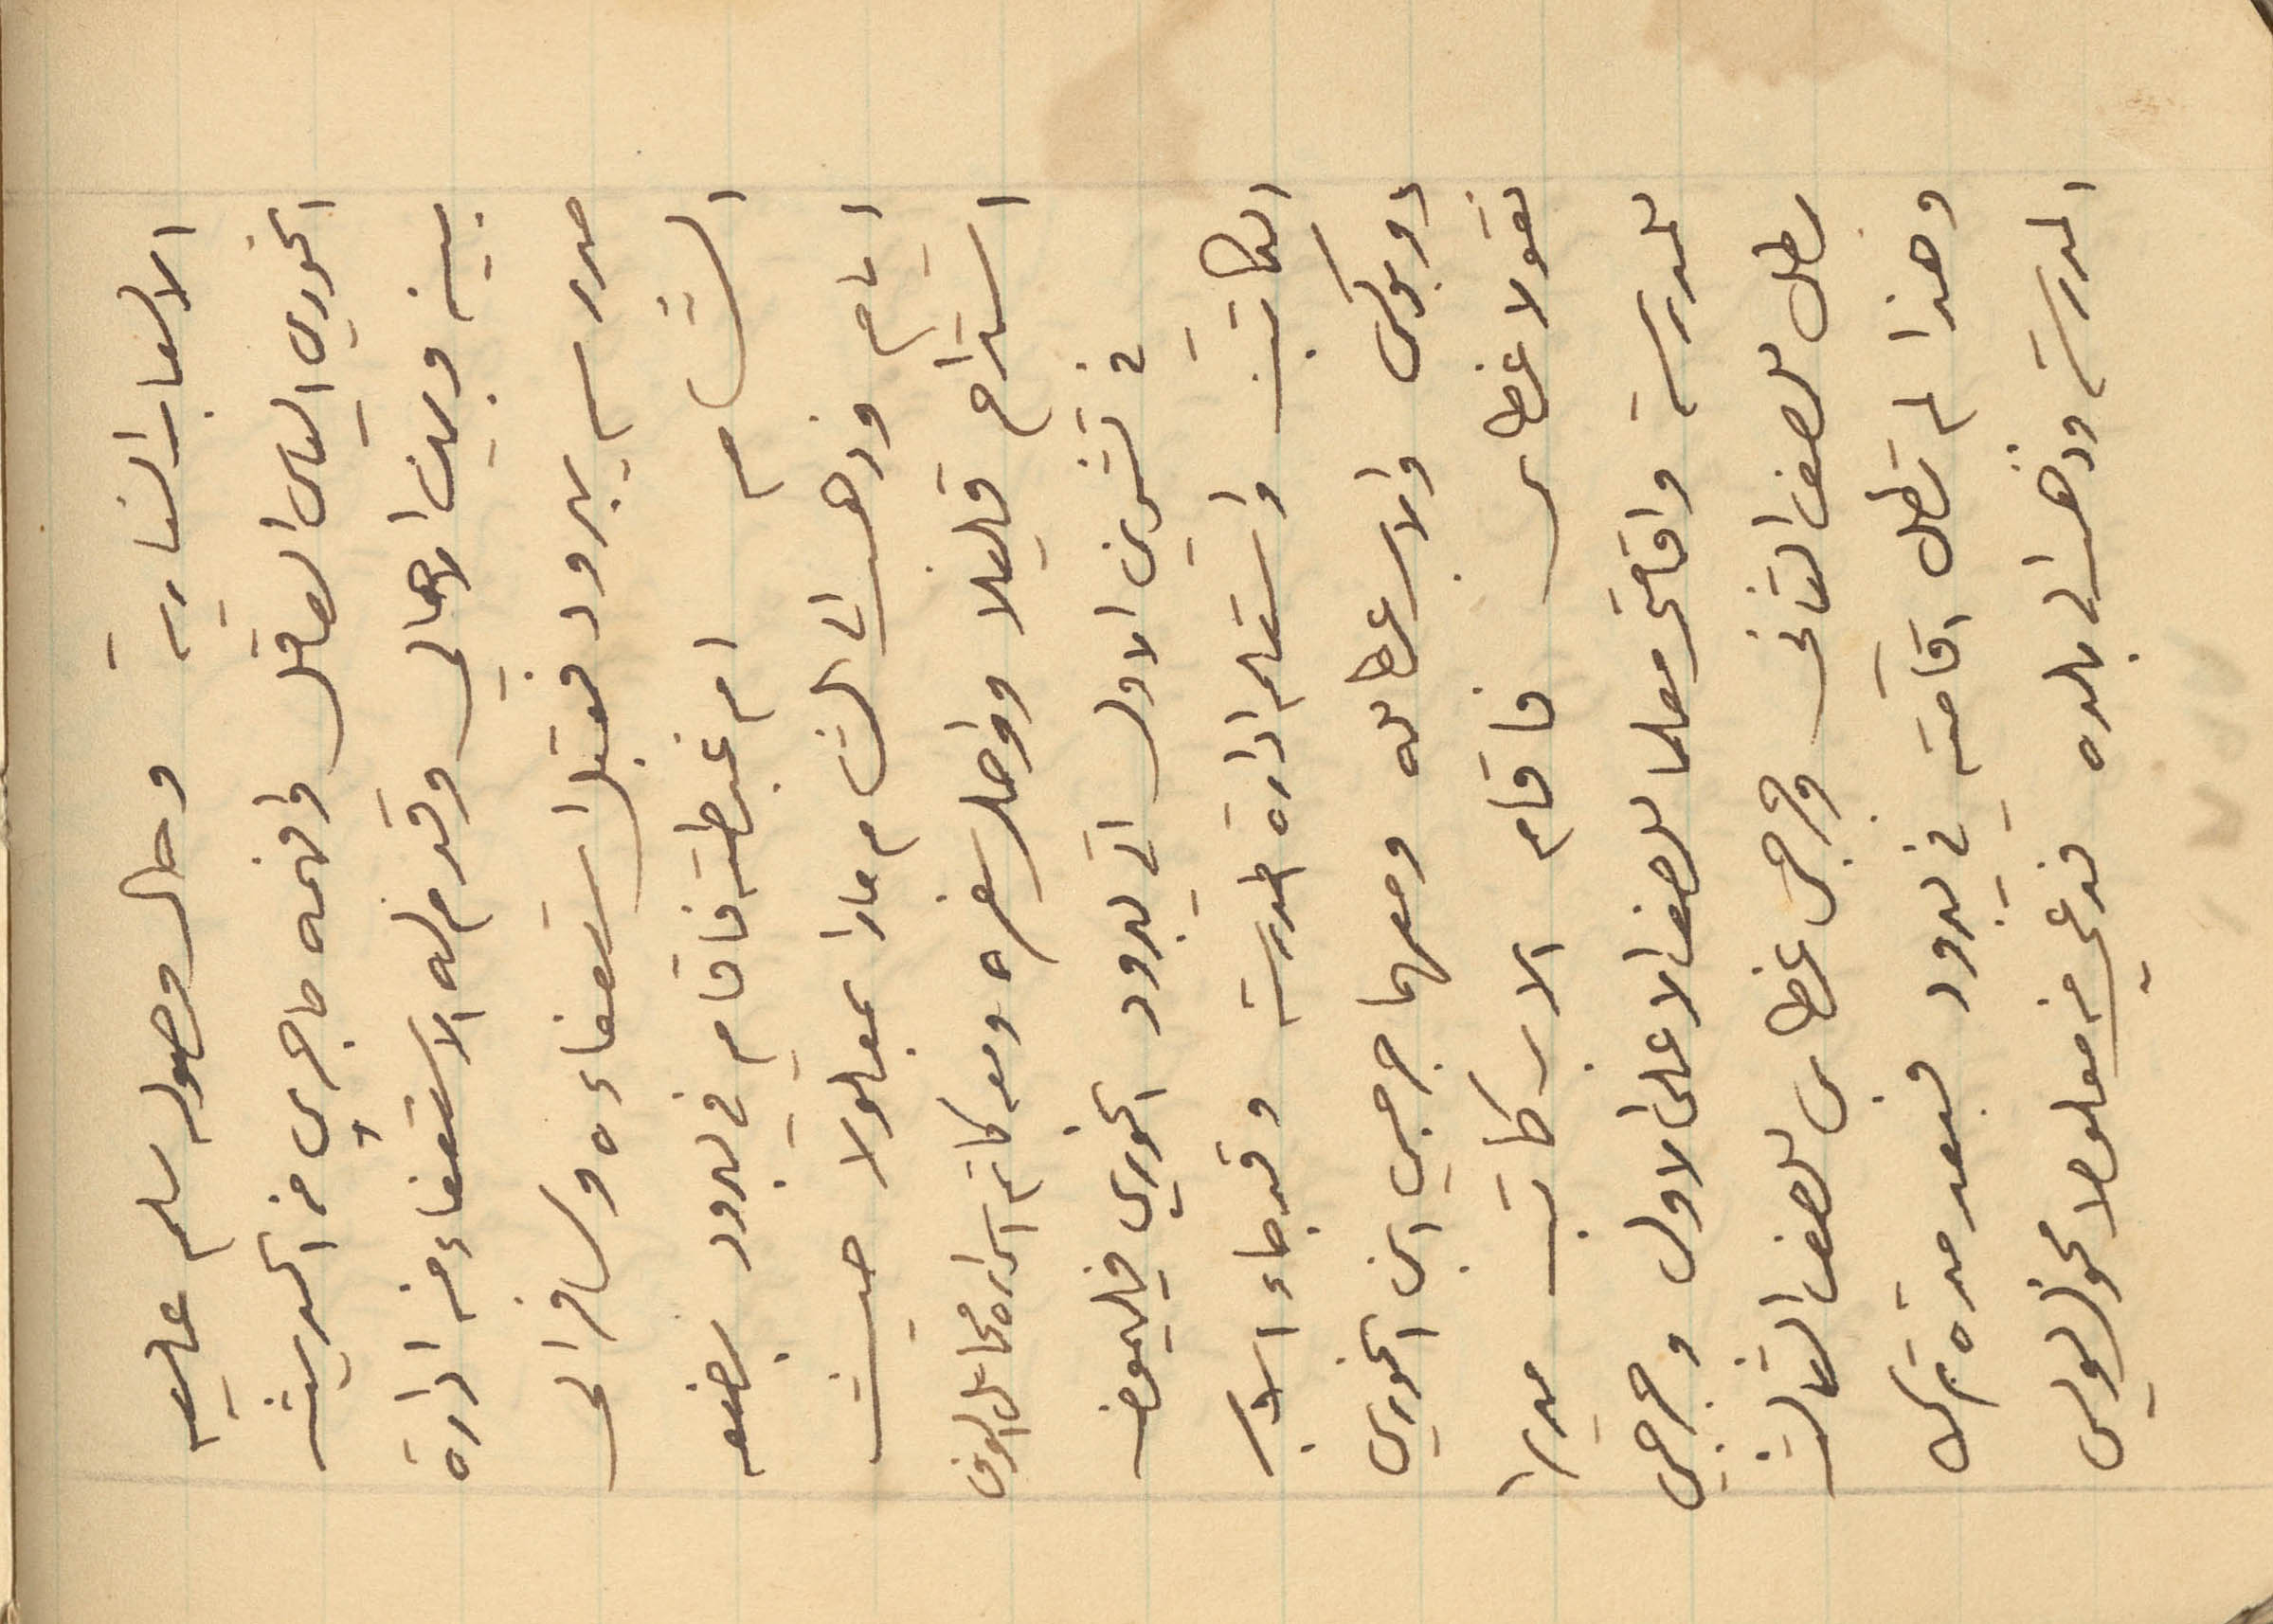
الألعاب النارية وحال وصوله سلم عليه
الخوري الياس العاقل وافهمه ما جرى من الحديث
بينه وبين الأهالي وقدم له الاستعفاء من إدارة
مدرسة يبرود فقبل استعفاءه وسافر الى
الشام ام غبطته فاقام في يبرود بضعة
أيام وذهب الى الشام مارا بمعلولا حيث
استدام قليلا وواصل سفره ومعه كاتم اسراره مخائيل الوف
في تشرين الأول الى يبرود الخوري فيليمون
الكاتب واستلم إدارة مدرسة وقد جاء الاب
دوبوكس والأب عطالله ومعهما جرجي ابن الخوري
نقولا غطاس فاقام الاب كاتب مديرا
للمدرسة واقامه معلما للصف الأعلى الأول وجرجي
بطل للصف الثاني وجرجي غطاس للصف الثالث
وهذا لم تطل اقامته في يبرود فبعد مدة ترك
المدرسة وذهب الى بلده فدعي في معلولا مخول بولس